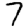
Digit: 7